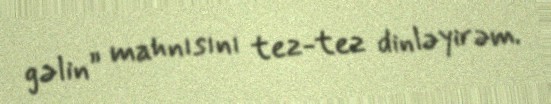
gəlin” mahnısını tez-tez dinləyirəm.